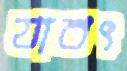
যাবৎ